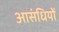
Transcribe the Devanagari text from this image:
आसंधियों